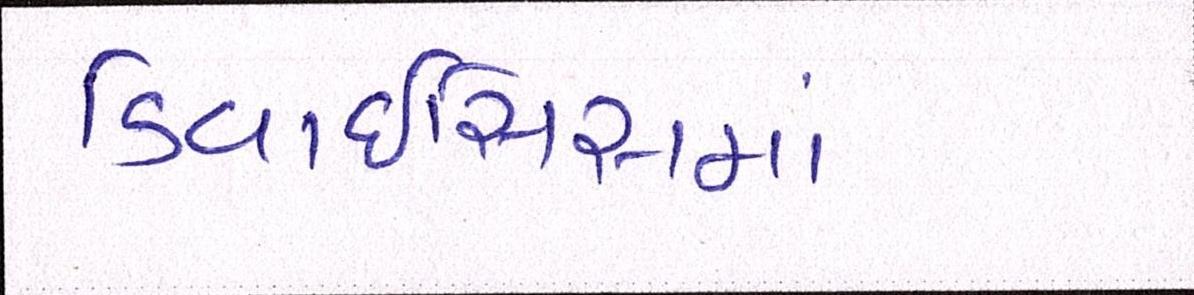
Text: ડિવાઇસિસમાં